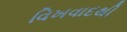
વિખવાદથી